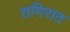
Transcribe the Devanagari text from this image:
तमिरात